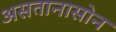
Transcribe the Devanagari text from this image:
असतानासोन